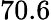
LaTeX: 70.6